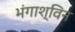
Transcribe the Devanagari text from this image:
भंगाश्विन